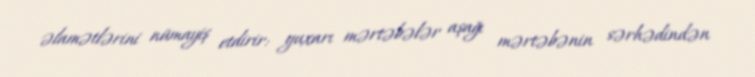
əlamətlərini nümayiş etdirir: yuxarı mərtəbələr aşağı mərtəbənin sərhədindən